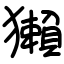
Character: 獺